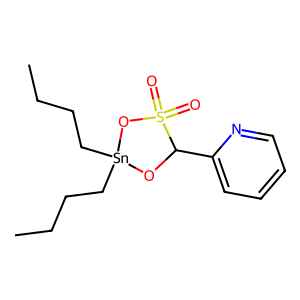
SMILES: CCCC[Sn]1(CCCC)OC(c2ccccn2)S(=O)(=O)O1
Inhibits HIV replication: No